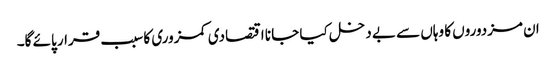
ان مزدوروں کا وہاں سے بے دخل کیا جا نا اقتصادی کمزوری کا سبب قرار پائے گا۔